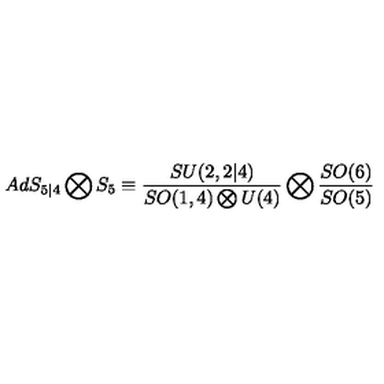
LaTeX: A d S _ { 5 | 4 } \bigotimes S _ { 5 } \equiv \frac { S U ( 2 , 2 | 4 ) } { S O ( 1 , 4 ) \bigotimes U ( 4 ) } \bigotimes \frac { S O ( 6 ) } { S O ( 5 ) }